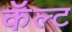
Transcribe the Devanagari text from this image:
कॅल्ट